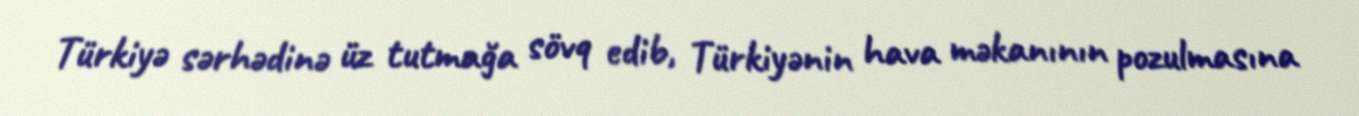
Türkiyə sərhədinə üz tutmağa sövq edib, Türkiyənin hava məkanının pozulmasına